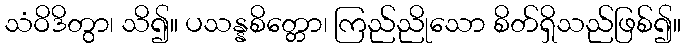
သံဝိဒိတွာ၊ သိ၍။ ပသန္နစိတ္တော၊ ကြည်ညိုသော စိတ်ရှိသည်ဖြစ်၍။